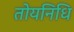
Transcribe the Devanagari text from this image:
तोयनिधि